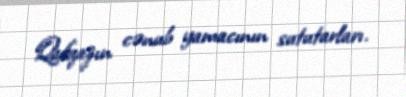
Qafqazın cənub yamacının sututarları.